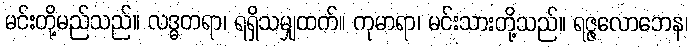
မင်းတို့မည်သည်။ လဒ္ဓတရာ၊ ရရှိသမျှထက်။ ကုမာရာ၊ မင်းသားတို့သည်။ ရဇ္ဇလောဘေန၊